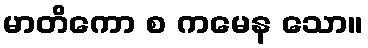
မာတိကော စ ကမေန သော။